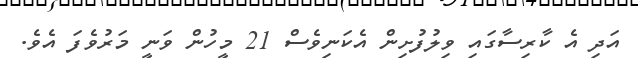
އަދި އެ ކާރިސާގައި ވިލުފުށިން އެކަނިވެސް 21 މީހުން ވަނީ މަރުވެފަ އެެވެ.